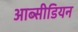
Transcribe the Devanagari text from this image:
आब्सीडियन